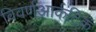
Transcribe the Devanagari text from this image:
विवर्णआर्कटिक